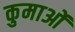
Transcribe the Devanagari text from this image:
कुमाओं